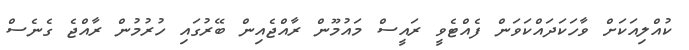
ކުއްލިއަކަށް ވާހަކަދައްކަވަން ފެއްޓެވީ ރައީސް މައުމޫން ރާއްޖެއިން ބޭރުގައި ހުރުމުން ރާއްޖެ ގެނެސް